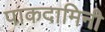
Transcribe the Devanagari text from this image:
पाकदामिनी